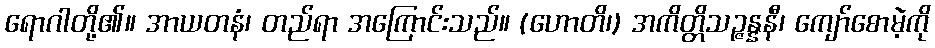
ရောဂါတို့၏။ အာယတနံ၊ တည်ရာ အကြောင်းသည်။ (ဟောတိ၊) အကိတ္တိသဉ္ဇန္နနီ၊ ကျော်စောမဲ့ကို